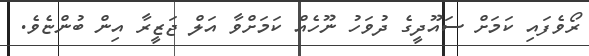
ރޯވެފައި ކަމަށް ސައޫދީގެ ދުވަހު ނޫހެއް ކަމަށްވާ އަލް ޖަޒީރާ އިން ބުންޏެވެ.